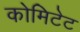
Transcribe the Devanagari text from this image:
कोमिटेट